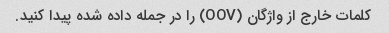
کلمات خارج از واژگان (OOV) را در جمله داده شده پیدا کنید.